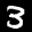
Label: 3